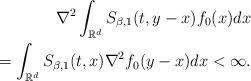
LaTeX: \begin{align*}\nabla^{2}\int_{\mathbb{R}^{d}}S_{\beta, 1}(t, y-x)f_{0}(x)dx \\= \int_{\mathbb{R}^{d}}S_{\beta, 1}(t, x)\nabla^{2} f_{0}(y-x) dx < \infty.\end{align*}